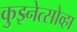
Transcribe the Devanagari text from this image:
कुझ्नेत्सोव्हा